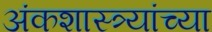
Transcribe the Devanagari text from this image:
अंकशास्त्र्यांच्या